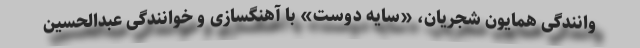
وانندگی همایون شجریان، «سایه دوست» با آهنگسازی و خوانندگی عبدالحسین